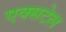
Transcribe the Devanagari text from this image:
एक्सटेल